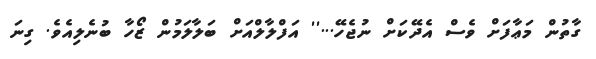
ގާތުން މަޢާފަށް ވެސް އެދޭކަށް ނުޖެހޭ...'' އަފްލާލްއަށް ބަލާލަމުން ޒޯހާ ބުނެލިއެވެ. ގިނަ